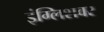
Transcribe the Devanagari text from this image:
इंग्लिशवर